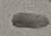
Text: -